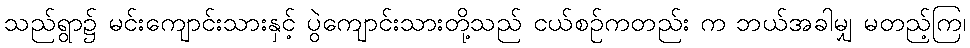
သည်ရွာ၌ မင်းကျောင်းသားနှင့် ပွဲကျောင်းသားတို့သည် ငယ်စဉ်ကတည်း က ဘယ်အခါမျှ မတည့်ကြ၊